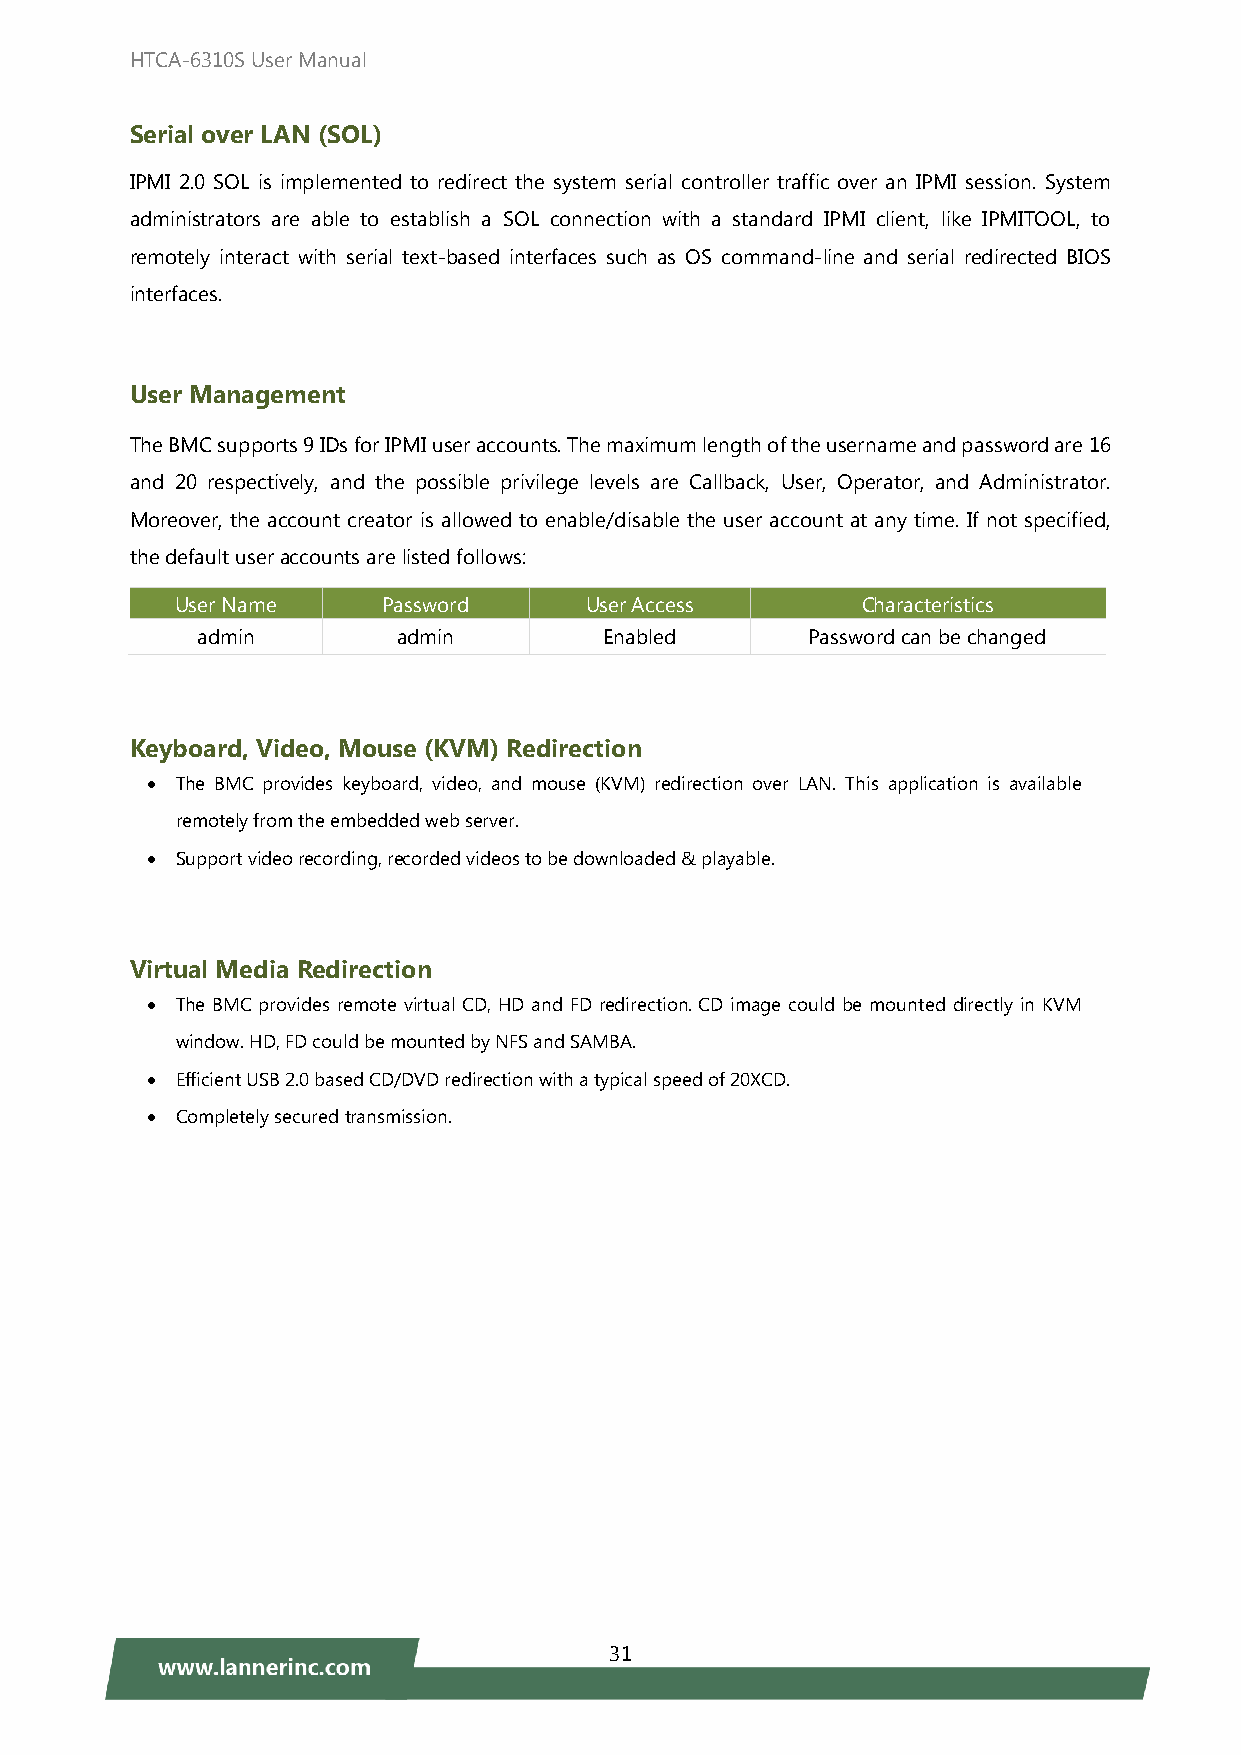
HTCA-6310S User Manual
 Serial over LAN (SOL)
 IPMI 2.0 SOL is implemented to redirect the system serial controller traffic over an IPMI session. System
 administrators are able to establish a SOL connection with a standard IPMI client, like IPMITOOL, to
 remotely interact with serial text-based interfaces such as OS command-line and serial redirected BIOS
 interfaces.
 User Management
 The BMC supports 9 IDs for IPMI user accounts. The maximum length of the username and password are 16
 and 20 respectively, and the possible privilege levels are Callback, User, Operator, and Administrator.
 Moreover, the account creator is allowed to enable/disable the user account at any time. If not specified,
 the default user accounts are listed follows:
 User Name    Password      User Access       Characteristics
 admin        admin         Enabled      Password can be changed
 Keyboard, Video, Mouse (KVM) Redirection
 • The BMC provides keyboard, video, and mouse (KVM) redirection over LAN. This application is available
 remotely from the embedded web server.
 • Support video recording, recorded videos to be downloaded & playable.
 Virtual Media Redirection
 • The BMC provides remote virtual CD, HD and FD redirection. CD image could be mounted directly in KVM
 window. HD, FD could be mounted by NFS and SAMBA.
 • Efficient USB 2.0 based CD/DVD redirection with a typical speed of 20XCD.
 • Completely secured transmission.
 31